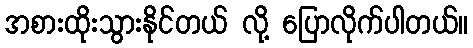
အစားထိုးသွားနိုင်တယ် လို့ ပြောလိုက်ပါတယ်။